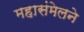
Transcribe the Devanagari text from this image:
महासंमेलने